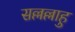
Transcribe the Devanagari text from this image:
सल्लल्लाहु